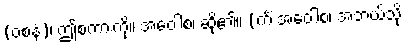
(ဝစနံ)၊ ဤစကားကို။ အဝေါစ၊ ဆို၏။ (ကိံ အဝေါစ၊ အဘယ်သို့